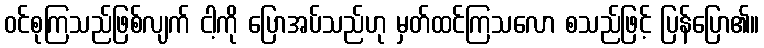
ဝင်စုကြသည်ဖြစ်လျက် ငါ့ကို ပြောအပ်သည်ဟု မှတ်ထင်ကြသလော စသည်ဖြင့် ပြန်ပြော၏။